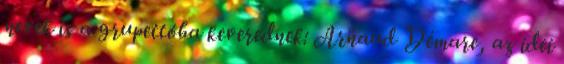
nevek is a grupettóba keverednek: Arnaud Démare, az idei